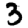
Digit: 3